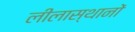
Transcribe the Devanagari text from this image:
लीलास्थानों